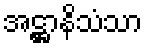
အဋ္ဌာနိသံသာ